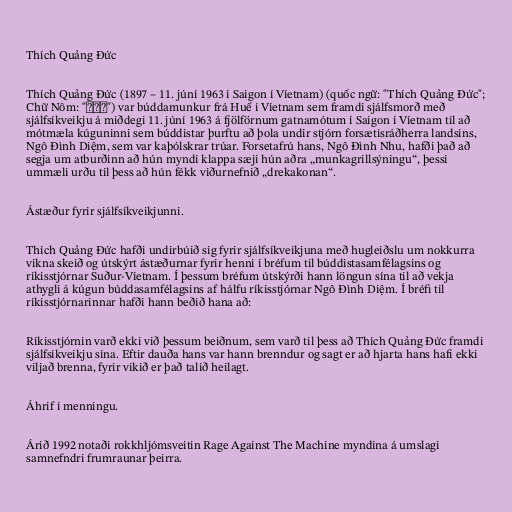
Thích Quảng Đức

Thích Quảng Đức (1897 – 11. júní 1963 í Saigon í Víetnam) (quốc ngữ: "Thích Quảng Đức";
Chữ Nôm: "釋廣德") var búddamunkur frá Huế í Víetnam sem framdi sjálfsmorð með
sjálfsíkveikju á miðdegi 11. júní 1963 á fjölförnum gatnamótum í Saigon í Víetnam til að
mótmæla kúguninni sem búddistar þurftu að þola undir stjórn forsætisráðherra landsins,
Ngô Đình Diệm, sem var kaþólskrar trúar. Forsetafrú hans, Ngô Đình Nhu, hafði það að
segja um atburðinn að hún myndi klappa sæji hún aðra „munkagrillsýningu“, þessi
ummæli urðu til þess að hún fékk viðurnefnið „drekakonan“.

Ástæður fyrir sjálfsíkveikjunni.

Thích Quảng Đức hafði undirbúið sig fyrir sjálfsíkveikjuna með hugleiðslu um nokkurra
vikna skeið og útskýrt ástæðurnar fyrir henni í bréfum til búddistasamfélagsins og
ríkisstjórnar Suður-Víetnam. Í þessum bréfum útskýrði hann löngun sína til að vekja
athygli á kúgun búddasamfélagsins af hálfu ríkisstjórnar Ngô Đình Diệm. Í bréfi til
ríkisstjórnarinnar hafði hann beðið hana að:

Ríkisstjórnin varð ekki við þessum beiðnum, sem varð til þess að Thích Quảng Đức framdi
sjálfsíkveikju sína. Eftir dauða hans var hann brenndur og sagt er að hjarta hans hafi ekki
viljað brenna, fyrir vikið er það talið heilagt.

Áhrif í menningu.

Árið 1992 notaði rokkhljómsveitin Rage Against The Machine myndina á umslagi
samnefndri frumraunar þeirra.